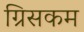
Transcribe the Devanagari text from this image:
ग्रिसकम